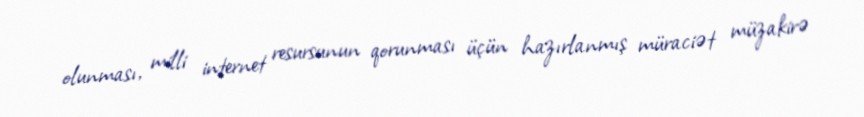
olunması, milli internet resursunun qorunması üçün hazırlanmış müraciət müzakirə